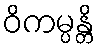
ဝိကမ္ပန္တိ